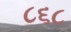
૮૬૮